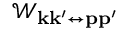
\mathcal { W } _ { \mathbf { k } \mathbf { k } ^ { \prime } \leftrightarrow \mathbf { p } \mathbf { p } ^ { \prime } }